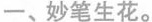
─、妙笔生花。